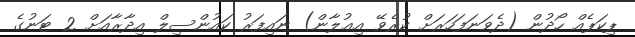
ޕިކަޕެއް ހޯދުން (ދެވަނަފަހަރަށް ކުރެވޭ އިޢުލާން) ނައިފަރު ކައުންސިލް އިދާރާއަށް 2 ޓަނުގެ